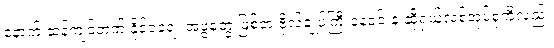
နောက် ဆန့်ကျင်ဘက် နိုင်ငံရေး အဖွဲ့တွေ ဖြစ်တဲ့ ဗိုလ်ချုပ်ကြီးနေဝင်းနဲ့ ဆိုရှယ်လစ်အုပ်စုကိုလည်း